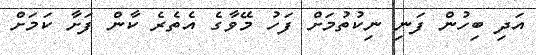
އަދި ބިހުން ފަނި ނިކުތުމަށް ފަހު މޭވާގެ އެތެރެ ކާން ފަށާ ކަމަށް